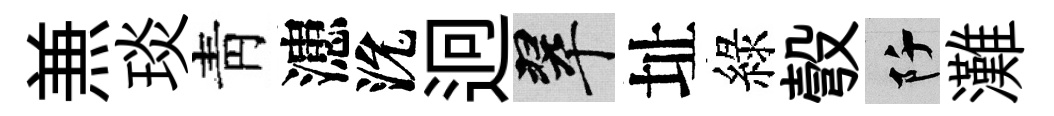
𠔥琰靑漶沇迥翠址綠彀阡灘